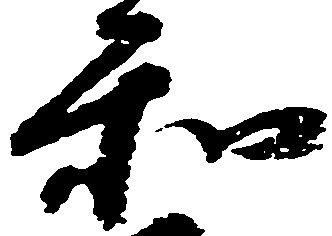
和